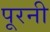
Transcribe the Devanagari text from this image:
पूरनी